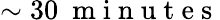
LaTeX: \sim 30\ \mathrm{~m~i~n~u~t~e~s~}